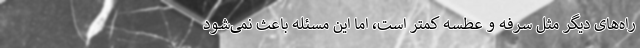
راه‌های دیگر مثل سرفه و عطسه کمتر است، اما این مسئله باعث نمی‌شود